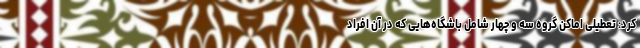
کرد: تعطیلی اماکن گروه سه و چهار شامل باشگاه‌هایی که در آن افراد